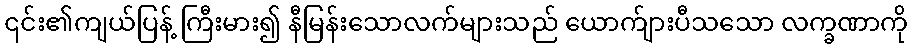
၎င်း၏ကျယ်ပြန့် ကြီးမား၍ နီမြန်းသောလက်များသည် ယောက်ျားပီသသော လက္ခဏာကို